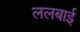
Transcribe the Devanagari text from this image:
ललबाई